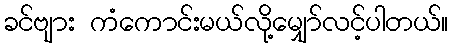
ခင်ဗျား ကံကောင်းမယ်လို့မျှော်လင့်ပါတယ်။